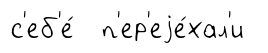
с'еб'е́ п'ер'еjе́хал'и